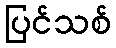
ပြင်သစ်